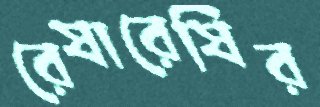
রেষারেষির